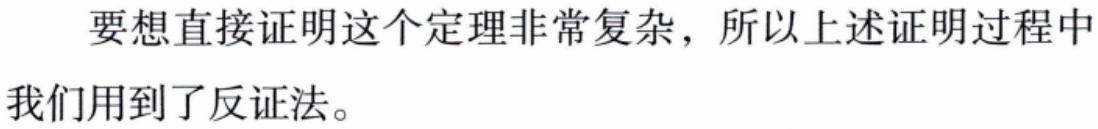
要想直接证明这个定理非常复杂，所以上述证明过程中我们用到了反证法。